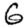
Digit: 6